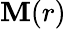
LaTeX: \mathbf{M}(r)